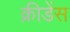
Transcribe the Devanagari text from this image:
क्रीडेंस